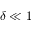
\delta \ll 1